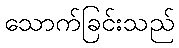
သောက်ခြင်းသည်